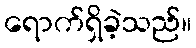
ရောက်ရှိခဲ့သည်။